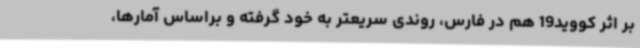
بر اثر کووید19 هم در فارس، روندی سریعتر به خود گرفته و براساس آمارها،